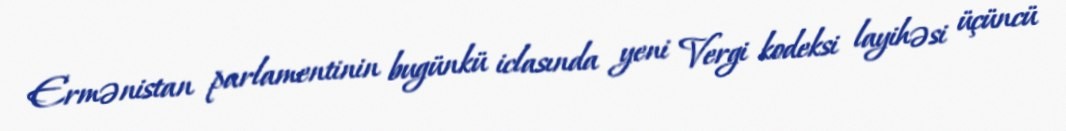
Ermənistan parlamentinin bugünkü iclasında yeni Vergi kodeksi layihəsi üçüncü